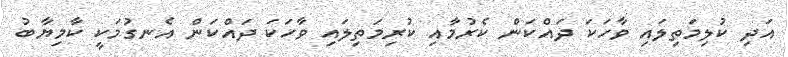
އަދި ކުލިމަތިލައި ވާހަކަ ދައްކަން ކެރުމާއި ކުރިމަތިލައި ވާހަކަ ދައްކަން އެނގުމަކީ ކާމިޔާބު